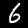
Digit: 6